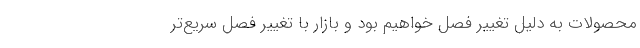
محصولات به دلیل تغییر فصل خواهیم بود و بازار با تغییر فصل سریع‌تر